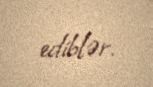
ediblər.